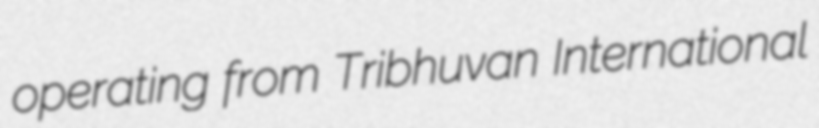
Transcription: operating from Tribhuvan International